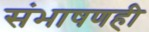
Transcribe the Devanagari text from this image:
संभाषणही